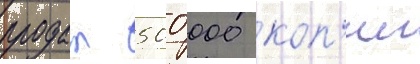
продал 500 000 коп'ии